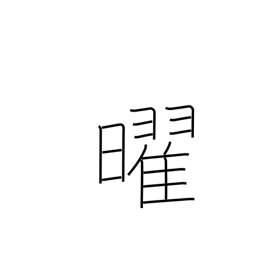
Meaning: weekday